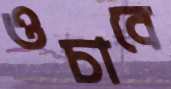
ওচাবে